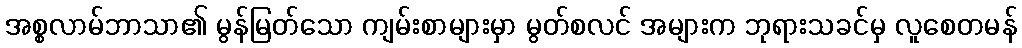
အစ္စလာမ်ဘာသာ၏ မွန်မြတ်သော ကျမ်းစာများမှာ မွတ်စလင် အများက ဘုရားသခင်မှ လူစေတမန်